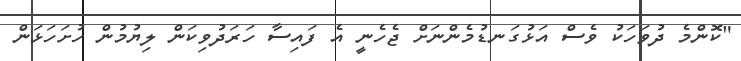
"ކޮންމެ ދުވަހަކު ވެސް އަޅުގަނޑުމެންނަށް ޖެހެނީ އެ ފައިސާ ހަރަދުވިކަން ލިޔުމުން ހުށަހަޅަން